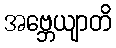
အဗ္ဘေယျာတိ